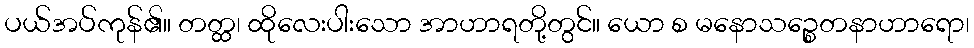
ပယ်အပ်ကုန်၏။ တတ္ထ၊ ထိုလေးပါးသော အာဟာရတို့တွင်။ ယော စ မနောသဉ္စေတနာဟာရော၊